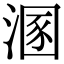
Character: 溷